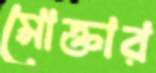
মোক্তার